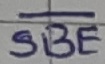
Text: SBE